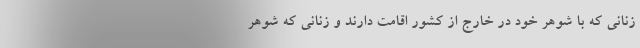
زنانی که با شوهر خود در خارج از کشور اقامت دارند و زنانی‌ که شوهر